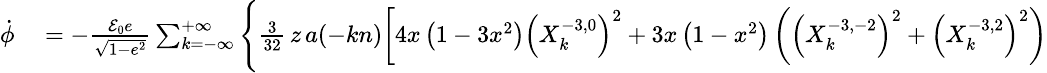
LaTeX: \small\begin{array}{rl}{\dot{\phi}}&{{}=-\frac{{\cal E}_{0}e}{\sqrt{1-e^{2}}}\sum_{k=-\infty}^{+\infty}\Bigg\{ \frac{3}{32}\, z\, a(-kn)\bigg[4x\left(1-3x^{2}\right)\left(X_{k}^{-3,0}\right)^{2}+3x\left(1-x^{2}\right)\left(\left(X_{k}^{-3,-2}\right)^{2}+\left(X_{k}^{-3,2}\right)^{2}\right)}\end{array}